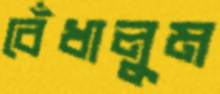
বেঁধালুম